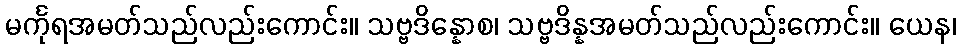
မင်္ကုရအမတ်သည်လည်းကောင်း။ သဗ္ဗဒိန္နောစ၊ သဗ္ဗဒိန္နအမတ်သည်လည်းကောင်း။ ယေန၊